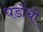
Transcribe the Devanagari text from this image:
घडोंची